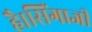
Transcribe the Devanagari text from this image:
है।सिंगाजी